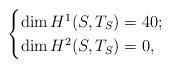
LaTeX: \begin{align*}\begin{cases}\dim H^1(S, T_S)= 40;\\\dim H^2(S, T_S)= 0,\end{cases}\end{align*}